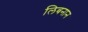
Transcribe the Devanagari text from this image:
लिबनान